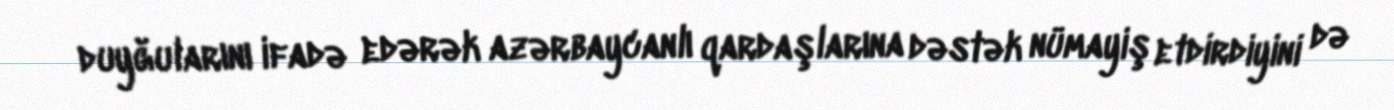
duyğularını ifadə edərək azərbaycanlı qardaşlarına dəstək nümayiş etdirdiyini də